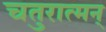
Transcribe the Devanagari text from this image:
चतुरात्मन्